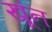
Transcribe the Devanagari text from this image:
खूंन